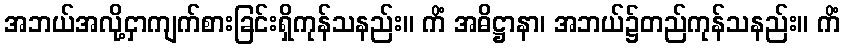
အဘယ်အလို့ငှာကျက်စားခြင်းရှိကုန်သနည်း။ ကိံ အဓိဋ္ဌာနာ၊ အဘယ်၌တည်ကုန်သနည်း။ ကိံ